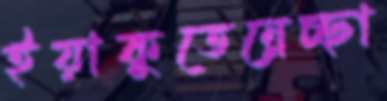
ইয়াকুতেন্নেচ্ছা